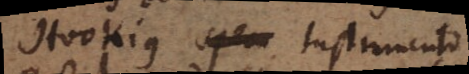
Hookius spem Instrumento